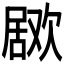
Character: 𣤅